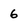
Character: 6